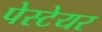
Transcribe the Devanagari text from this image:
पेस्टेयर